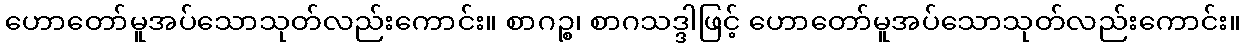
ဟောတော်မူအပ်သောသုတ်လည်းကောင်း။ စာဂဉ္စ၊ စာဂသဒ္ဒါဖြင့် ဟောတော်မူအပ်သောသုတ်လည်းကောင်း။